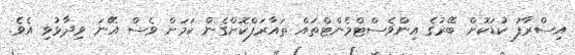
އިސްރާފު ކުޑަކޮށް ބޭރުގެ އިންވެސްޓްމެންޓްތައް ތައާރަފްކޮށްގެން ކަމަށް ވެސް އޭނަ ވިދާޅުވި އެވެ.